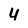
Character: 4